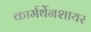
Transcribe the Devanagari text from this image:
कार्मर्थेनशायर